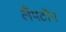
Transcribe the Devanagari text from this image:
लैपटाॅप